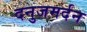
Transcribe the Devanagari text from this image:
दनुजमर्दन